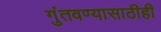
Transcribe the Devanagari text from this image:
गुंतवण्‍यासाठीही